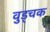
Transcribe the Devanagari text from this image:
वुड्चक